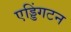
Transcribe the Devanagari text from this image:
एड्डिंगटन